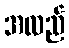
အလည်